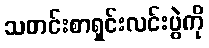
သတင်းစာရှင်းလင်းပွဲကို